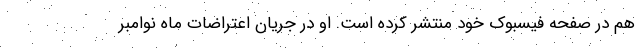
هم در صفحه فیسبوک خود منتشر کرده است. او در جریان اعتراضات ماه نوامبر